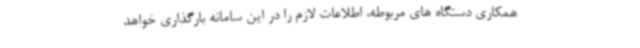
همکاری دستگاه های مربوطه، اطلاعات لازم را در این سامانه بارگذاری خواهد